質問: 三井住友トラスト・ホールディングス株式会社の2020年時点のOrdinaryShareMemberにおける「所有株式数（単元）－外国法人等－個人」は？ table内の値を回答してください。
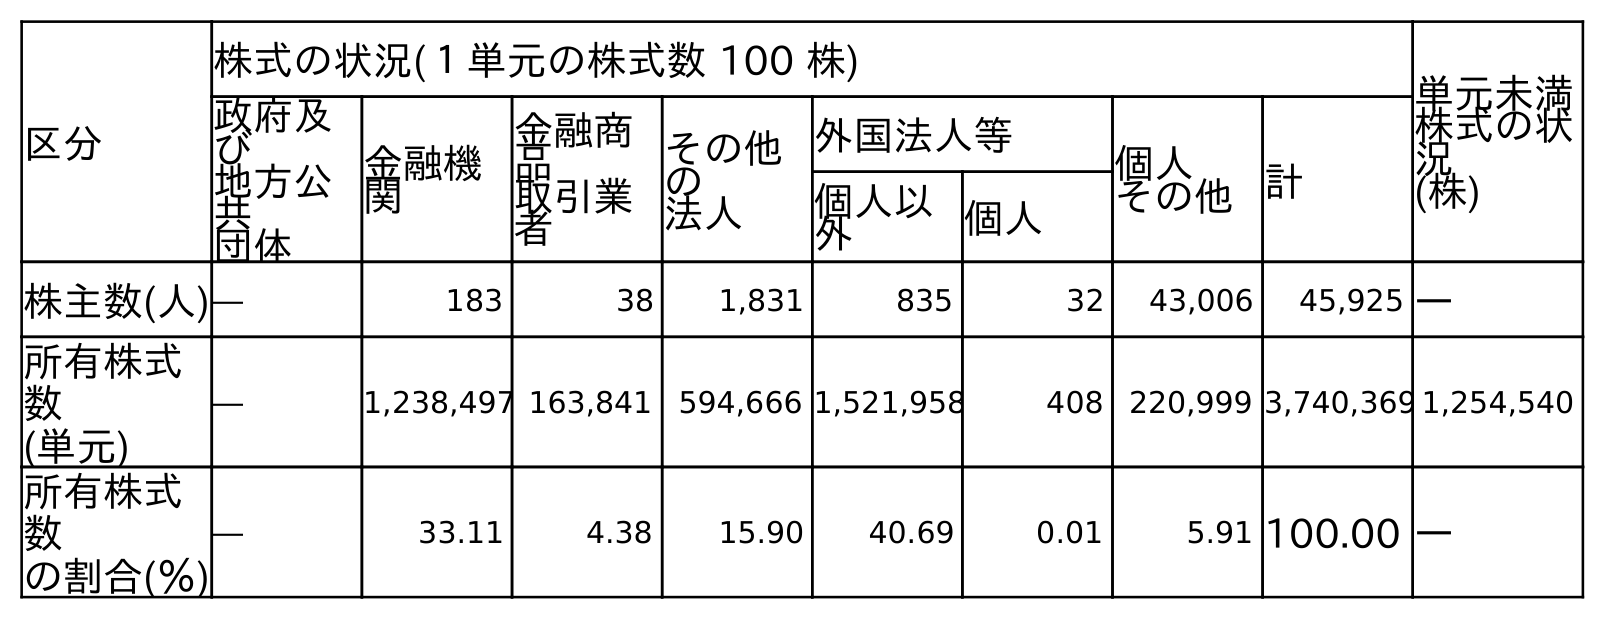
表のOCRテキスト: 区分 株式の状況(１単元の株式数 100 株) 単元未満 株式の状 況 (株) 政府及 び 地方公 共 団体 金融機 関 金融商 品 取引業 者 その他 の 法人 外国法人等 個人 その他計 個人以 外 個人 株主数(人)― 183 38 1,831 835 32 43,006 45,925 ― 所有株式 数 (単元) ― 1,238,497 163,841 594,666 1,521,958 408 220,999 3,740,369 1,254,540 所有株式 数 の割合(％) ― 33.11 4.38 15.90 40.69 0.01 5.91 100.00 ―
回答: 408